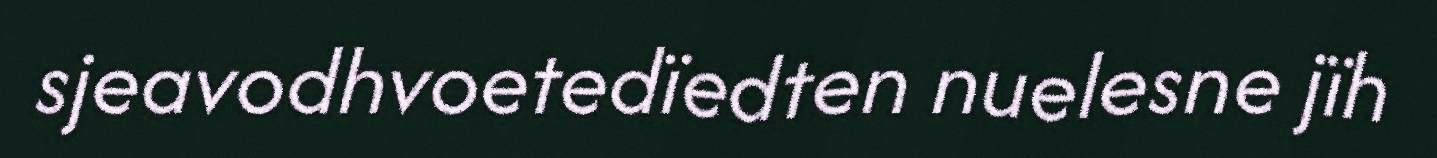
sjeavodhvoetedïedten nuelesne jïh